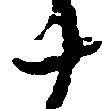
十